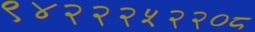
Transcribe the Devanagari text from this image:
९४२२२५२२०८